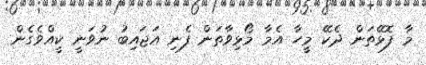
މާ ފޮޅޭތަން ދެކޭ މީހާ އެމާ މޯޅިވާތަން ފެނި އަޖައިބު ނުވަނީ ކީއްވެގެން